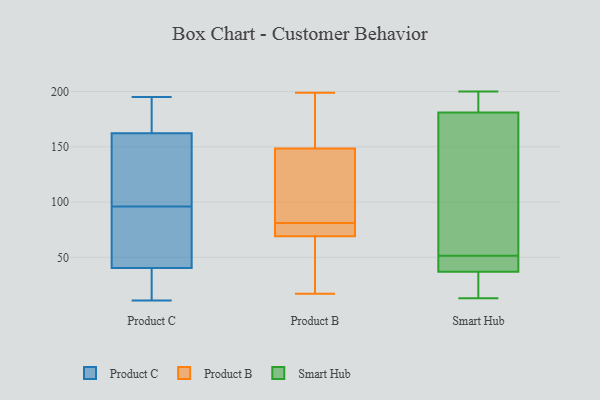
{"axis": {"x": "Market Share (%)", "y": "Value"}, "legend": ["Product B", "Product C", "Smart Hub"], "data": [{"x": "", "y": 162, "type": "Product C"}, {"x": "", "y": 125, "type": "Product C"}, {"x": "", "y": 44, "type": "Product C"}, {"x": "", "y": 28, "type": "Product C"}, {"x": "", "y": 96, "type": "Product C"}, {"x": "", "y": 14, "type": "Product C"}, {"x": "", "y": 163, "type": "Product C"}, {"x": "", "y": 137, "type": "Product C"}, {"x": "", "y": 29, "type": "Product C"}, {"x": "", "y": 87, "type": "Product C"}, {"x": "", "y": 167, "type": "Product C"}, {"x": "", "y": 74, "type": "Product C"}, {"x": "", "y": 119, "type": "Product C"}, {"x": "", "y": 177, "type": "Product C"}, {"x": "", "y": 87, "type": "Product C"}, {"x": "", "y": 11, "type": "Product C"}, {"x": "", "y": 195, "type": "Product C"}, {"x": "", "y": 199, "type": "Product B"}, {"x": "", "y": 155, "type": "Product B"}, {"x": "", "y": 77, "type": "Product B"}, {"x": "", "y": 129, "type": "Product B"}, {"x": "", "y": 17, "type": "Product B"}, {"x": "", "y": 159, "type": "Product B"}, {"x": "", "y": 23, "type": "Product B"}, {"x": "", "y": 129, "type": "Product B"}, {"x": "", "y": 126, "type": "Product B"}, {"x": "", "y": 81, "type": "Product B"}, {"x": "", "y": 75, "type": "Product B"}, {"x": "", "y": 80, "type": "Product B"}, {"x": "", "y": 67, "type": "Product B"}, {"x": "", "y": 18, "type": "Product B"}, {"x": "", "y": 198, "type": "Product B"}, {"x": "", "y": 100, "type": "Smart Hub"}, {"x": "", "y": 188, "type": "Smart Hub"}, {"x": "", "y": 187, "type": "Smart Hub"}, {"x": "", "y": 23, "type": "Smart Hub"}, {"x": "", "y": 193, "type": "Smart Hub"}, {"x": "", "y": 110, "type": "Smart Hub"}, {"x": "", "y": 41, "type": "Smart Hub"}, {"x": "", "y": 37, "type": "Smart Hub"}, {"x": "", "y": 56, "type": "Smart Hub"}, {"x": "", "y": 181, "type": "Smart Hub"}, {"x": "", "y": 42, "type": "Smart Hub"}, {"x": "", "y": 39, "type": "Smart Hub"}, {"x": "", "y": 13, "type": "Smart Hub"}, {"x": "", "y": 200, "type": "Smart Hub"}, {"x": "", "y": 18, "type": "Smart Hub"}, {"x": "", "y": 47, "type": "Smart Hub"}, {"x": "", "y": 24, "type": "Smart Hub"}, {"x": "", "y": 170, "type": "Smart Hub"}]}